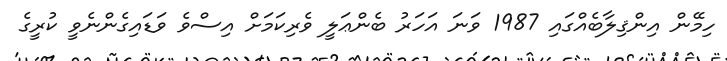
ހިމޭން އިންޤިލާބެއްގައި 1987 ވަނަ އަހަރު ބެންޢަލީ ވެރިކަމަށް އިސްވެ ވަޑައިގެންނެވީ ކުރީގެ